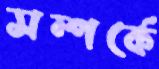
সম্পর্কে